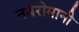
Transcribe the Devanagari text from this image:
नवरोमानी